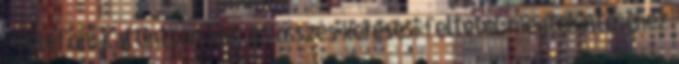
Telefon: Kattintson ide, az összes keresési feltétel megtekintéséhez